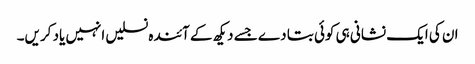
ان کی ایک نشانی ہی کوئی بتا دے جسے دیکھ کے آئندہ نسلیں انہیں یاد کریں۔